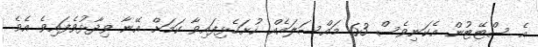
އެ ސްޓޭޓުން އެކަނިވެސް 63 މައްސަލައެއް ހުށަހެޅިފައިވާ ކަމަށް އޭނާ ވިދާޅުވެފައިވެ އެވެ.